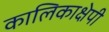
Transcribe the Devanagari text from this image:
कालिकाक्षेपी